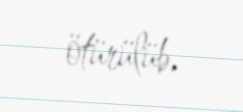
ötürülüb.